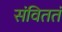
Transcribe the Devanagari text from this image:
संविततं